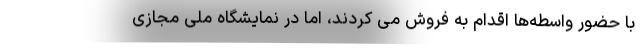
با حضور واسطه‌ها اقدام به فروش می کردند، اما در نمایشگاه ملی مجازی